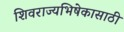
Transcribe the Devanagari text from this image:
शिवराज्यभिषेकासाठी